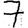
Digit: 7